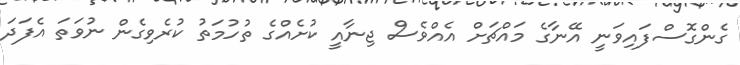
ގެންގޮސްފައިވަނީ އޭނާގެ މައްޗަށް އެއްވެސް ޖިނާއީ ކުށެއްގެ ތުހުމަތު ކުރެވިގެން ނުވަތަ އެފަދަ